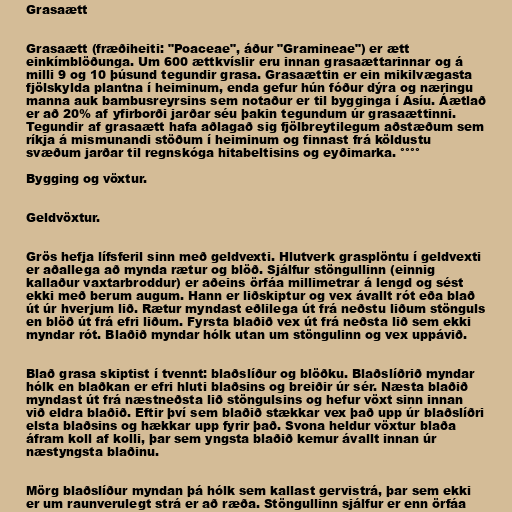
Grasaætt

Grasaætt (fræðiheiti: "Poaceae", áður "Gramineae") er ætt
einkímblöðunga. Um 600 ættkvíslir eru innan grasaættarinnar og á
milli 9 og 10 þúsund tegundir grasa. Grasaættin er ein mikilvægasta
fjölskylda plantna í heiminum, enda gefur hún fóður dýra og næringu
manna auk bambusreyrsins sem notaður er til bygginga í Asíu. Áætlað
er að 20% af yfirborði jarðar séu þakin tegundum úr grasaættinni.
Tegundir af grasaætt hafa aðlagað sig fjölbreytilegum aðstæðum sem
ríkja á mismunandi stöðum í heiminum og finnast frá köldustu
svæðum jarðar til regnskóga hitabeltisins og eyðimarka. °°°°

Bygging og vöxtur.

Geldvöxtur.

Grös hefja lífsferil sinn með geldvexti. Hlutverk grasplöntu í geldvexti
er aðallega að mynda rætur og blöð. Sjálfur stöngullinn (einnig
kallaður vaxtarbroddur) er aðeins örfáa millimetrar á lengd og sést
ekki með berum augum. Hann er liðskiptur og vex ávallt rót eða blað
út úr hverjum lið. Rætur myndast eðlilega út frá neðstu liðum stönguls
en blöð út frá efri liðum. Fyrsta blaðið vex út frá neðsta lið sem ekki
myndar rót. Blaðið myndar hólk utan um stöngulinn og vex uppávið.

Blað grasa skiptist í tvennt: blaðslíður og blöðku. Blaðslíðrið myndar
hólk en blaðkan er efri hluti blaðsins og breiðir úr sér. Næsta blaðið
myndast út frá næstneðsta lið stöngulsins og hefur vöxt sinn innan
við eldra blaðið. Eftir því sem blaðið stækkar vex það upp úr blaðslíðri
elsta blaðsins og hækkar upp fyrir það. Svona heldur vöxtur blaða
áfram koll af kolli, þar sem yngsta blaðið kemur ávallt innan úr
næstyngsta blaðinu.

Mörg blaðslíður myndan þá hólk sem kallast gervistrá, þar sem ekki
er um raunverulegt strá er að ræða. Stöngullinn sjálfur er enn örfáa